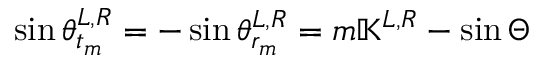
\sin \theta _ { t _ { m } } ^ { L , R } = - \sin \theta _ { r _ { m } } ^ { L , R } = m \mathbb { K } ^ { L , R } - \sin \Theta